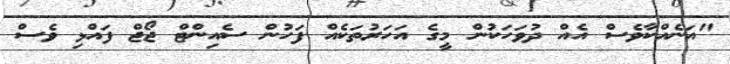
"އަނެއްކާވެސް އެއް ދުވަހަކުން މީގެ އަހަރުތަކެއް ފަހުން ސެއިންޓް ޖޯޖް ފައްޅި ވެސް